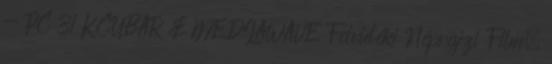
- PC 31 KCUBAR & MEDIAWAVE Felvidéki Néprajzi Film,